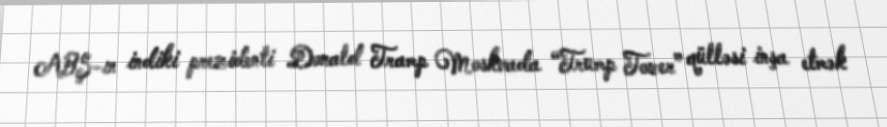
ABŞ-ın indiki prezidenti Donald Tramp Moskvada “Trump Tower” qülləsi inşa etmək